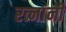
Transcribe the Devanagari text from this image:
रत्नांनी